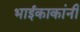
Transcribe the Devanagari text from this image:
भाईकाकांनी